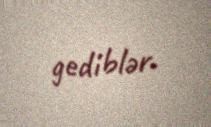
gediblər.